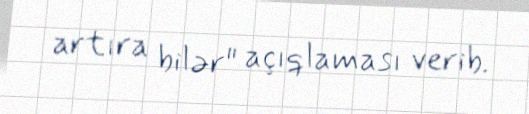
artıra bilər" açıqlaması verib.